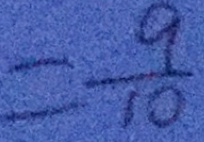
= \frac { 9 } { 1 0 }